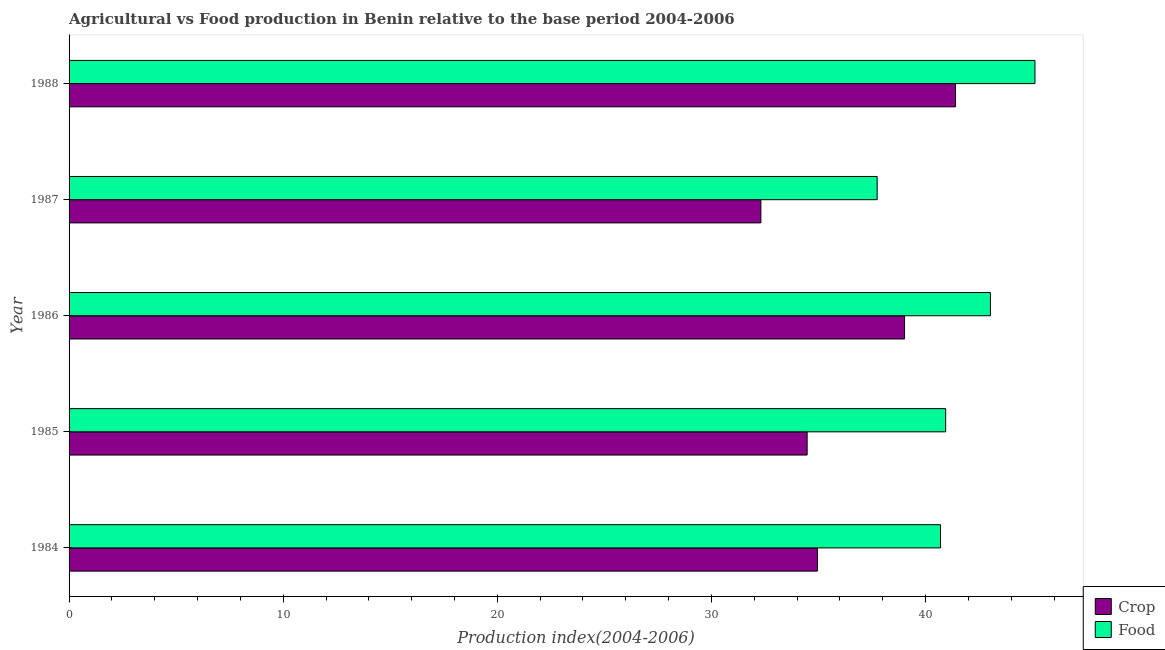
| Year | Crop | Food |
 | --- | --- | --- |
 | 1984 | 35 | 40.7 |
 | 1985 | 34.5 | 40.9 |
 | 1986 | 39 | 43 |
 | 1987 | 32.3 | 37.7 |
 | 1988 | 41.4 | 45.1 |